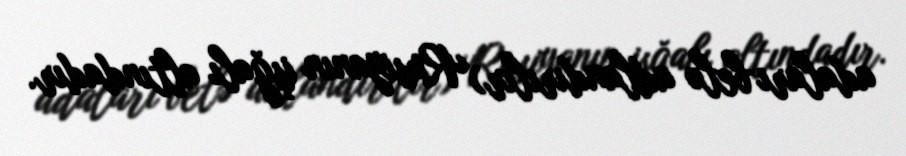
adaları belə adlandırılır) Rusiyanın işğalı altındadır.